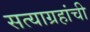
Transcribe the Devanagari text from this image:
सत्याग्रहांची